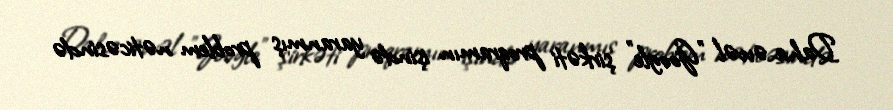
Daha əvvəl "Google" şirkəti proqramın işində yaranmış problem nəticəsində